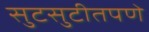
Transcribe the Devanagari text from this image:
सुटसुटीतपणे